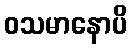
ဝသမာနောပိ